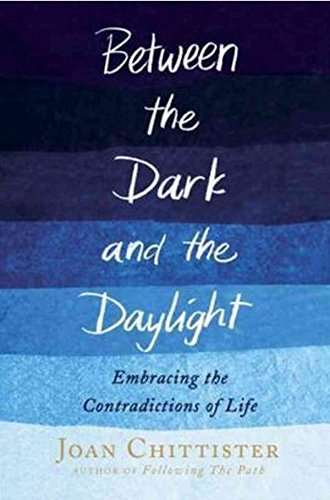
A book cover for Between the Dark and the Daylight: Embracing the Contradictions of Life; Joan Chittister; Self-Help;